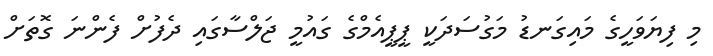
މި ފިޔަވަހީގެ މައިގަނޑު މަގުސަދަކީ ޕީޕީއެމްގެ ގައުމީ ޖަލްސާގައި ދެފުށް ފެންނަ ގޮތަށް